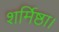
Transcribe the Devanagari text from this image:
शर्मिष्ठा।